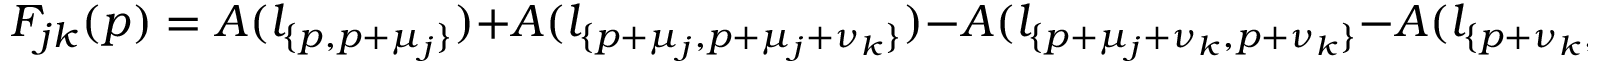
F _ { j k } ( p ) = A ( l _ { \{ p , p + \mu _ { j } \} } ) + A ( l _ { \{ p + \mu _ { j } , p + \mu _ { j } + \nu _ { k } \} } ) - A ( l _ { \{ p + \mu _ { j } + \nu _ { k } , p + \nu _ { k } \} } - A ( l _ { \{ p + \nu _ { k } , p \} } )